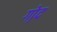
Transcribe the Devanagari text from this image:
गो़द